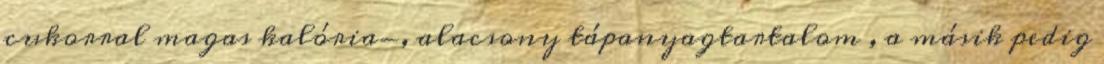
cukorral magas kalória-, alacsony tápanyagtartalom , a másik pedig